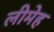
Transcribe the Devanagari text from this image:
लीमेह